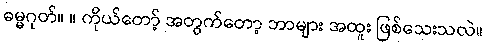
ဓမ္မဂုတ်။ ။ ကိုယ်တော့် အတွက်တော့ ဘာများ အထူး ဖြစ်သေးသလဲ။